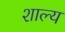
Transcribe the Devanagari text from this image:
शाल्य